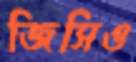
জিসিও